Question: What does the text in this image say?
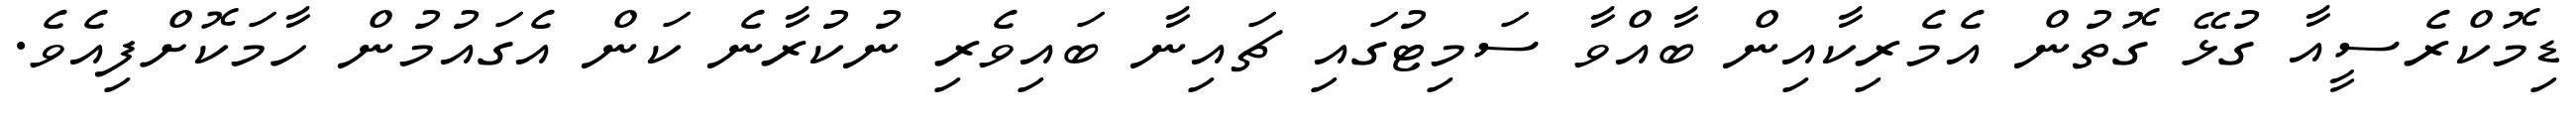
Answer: ޑިމޮކްރެސީއާ ގުޅޭ ގޮތުން އެމެރިކާއިން ބާއްވާ ސަމިޓުގައި ޗައިނާ ބައިވެރި ނުކުރާނެ ކަން އެގައުމުން ހާމަކޮށްފިއެވެ.